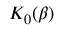
K _ { 0 } ( \beta )